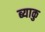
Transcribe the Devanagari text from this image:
ब्याकु